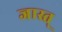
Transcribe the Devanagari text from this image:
जास्त्‌